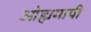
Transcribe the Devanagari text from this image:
ओह्ममापी